Lunatic asylums in Bengal annual reports 1912-1924 - 1912-1924
Year: 1912
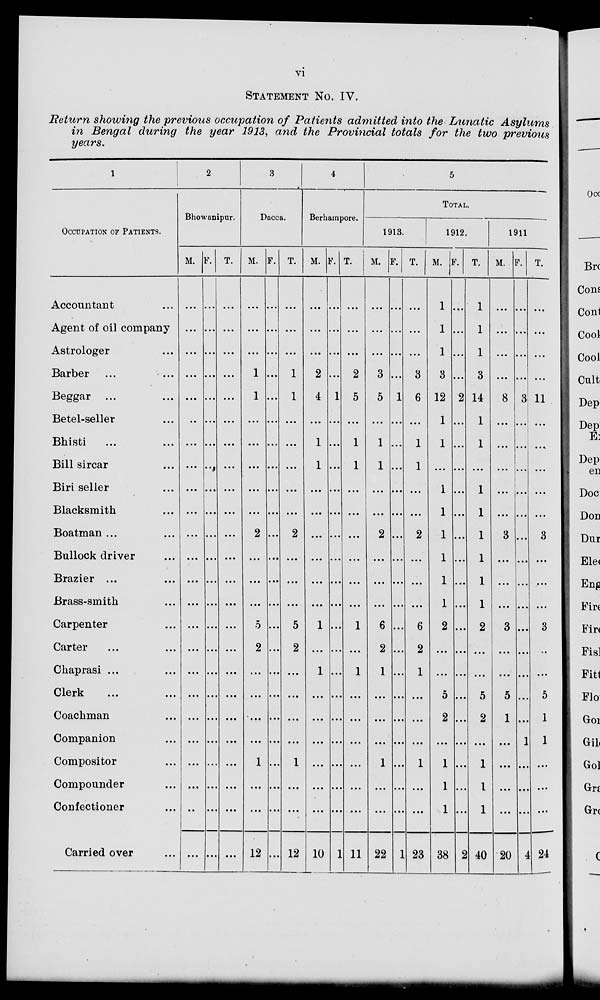
vi
STATEMENT No. IV.
Return showing the previous occupation of Patients admitted into the Lunatic
Asylums
in Bengal during the year 1913, and the Provincial totals for the two previous
years.
1
OCCUPATION OF PATIENTS.
Accountant ...
Agent of oil company
Astrologer ...
Barber ... ...
Beggar ... ...
Betel-seller ...
Bhisti ... ...
Bill sircar ...
Biri seller ...
Blacksmith ...
Boatman ... ...
Bullock driver ...
Brazier ...
Brass-smith ...
Carpenter ...
Carter ... ...
Chaprasi ... ...
Clerk ... ...
Coachman ... ...
Companion ...
Compositor ...
Compounder ...
Confectioner ...
Carried over ...
2
Bhowanipur.
M.
...
...
...
...
...
...
...
...
...
...
...
...
...
...
...
...
...
...
...
...
...
...
...
...
F.
...
...
...
...
...
...
...
...
...
...
...
...
...
...
...
...
...
...
...
...
...
..
...
...
T.
...
...
...
...
...
...
...
...
...
...
...
...
...
...
...
...
...
...
...
...
...
...
...
...
3
Dacca.
M.
...
...
...
1
1
...
...
...
...
...
2
...
...
...
5
2
...
...
...
...
1
...
...
12
F.
...
...
...
...
...
...
...
...
...
...
...
...
...
...
...
...
...
...
...
...
...
...
...
...
T.
...
...
...
1
1
...
...
...
...
...
2
...
...
...
5
2
...
...
...
...
1
...
...
12
4
Berhanpore.
M.
...
...
...
2
4
...
1
1
...
...
...
...
...
...
1
...
1
...
...
...
...
...
...
10
F.
...
...
...
...
1
...
...
...
...
...
...
...
...
...
...
...
...
...
...
...
...
...
...
1
T.
...
...
...
2
5
...
1
1
...
...
...
...
...
...
1
...
1
...
...
...
...
...
...
11
5
TOTAL.
1913.
M.
...
...
...
3
5
...
1
1
...
...
2
...
...
...
6
2
1
...
...
...
1
...
...
22
F.
...
...
...
...
1
...
...
...
...
...
...
...
...
..
...
...
...
...
...
...
...
...
...
1
T.
...
...
...
3
6
...
1
1
...
...
2
...
...
...
6
2
1
...
...
...
1
...
...
23
1912.
M.
1
1
1
3
12
1
1
...
1
1
1
1
1
1
2
...
...
5
2
...
1
1
1
38
F.
...
...
...
...
2
...
...
...
...
...
...
...
...
...
...
...
...
...
...
...
...
...
...
2
T.
1
1
1
3
14
1
1
...
1
1
1
1
1
1
2
...
...
5
2
...
1
1
1
40
1911
M.
...
...
...
...
8
...
...
...
...
...
3
...
...
...
3
...
...
5
1
...
...
...
...
20
F.
...
...
...
...
3
...
...
...
...
...
...
...
...
...
...
...
...
...
...
1
...
...
...
4
T.
...
...
...
...
11
...
...
...
...
...
3
...
...
...
3
...
...
5
1
1
...
...
...
24